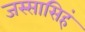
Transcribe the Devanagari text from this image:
जस्सासिहं